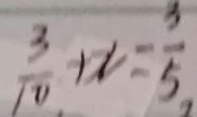
\frac { 3 } { 1 0 } + x = \frac { 3 } { 5 }